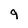
Character: q